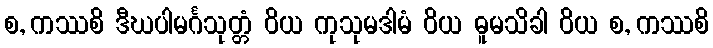
စ, ကဿစိ ဒီဃပါမင်္ဂသုတ္တံ ဝိယ ကုသုမဒါမံ ဝိယ ဓူမသိခါ ဝိယ စ, ကဿစိ